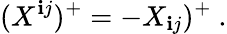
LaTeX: (X^{\mathbf{i}j})^{+}=-X_{\mathbf{i}j})^{+}\ .